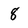
Character: 8